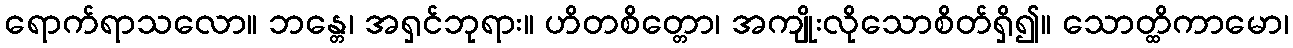
ရောက်ရာသလော။ ဘန္တေ၊ အရှင်ဘုရား။ ဟိတစိတ္တော၊ အကျိုးလိုသောစိတ်ရှိ၍။ သောတ္ထိကာမော၊